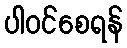
ပါဝင်စေရန်